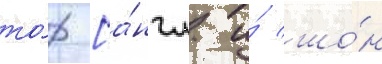
то́р [а́нгл. и́ шо́н